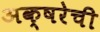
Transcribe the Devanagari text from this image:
अक्षरेची